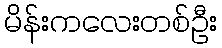
မိန်းကလေးတစ်ဦး